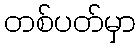
တစ်ပတ်မှာ